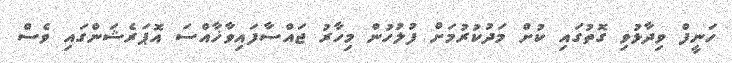
ހަނީފް ވިދާޅުވި ގޮތުގައި ކުށް މަދުކުރުމަށް ފުލުހުން މިހާރު ޖައްސާފައިވާޚާއްސަ އޮޕަރެޝަންގައި ވެސް